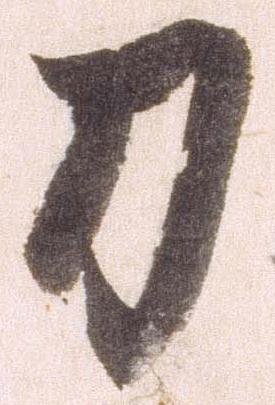
刀